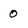
Character: 0